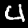
Digit: 4